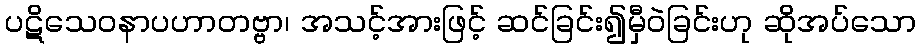
ပဋိသေဝနာပဟာတဗ္ဗာ၊ အသင့်အားဖြင့် ဆင်ခြင်း၍မှီဝဲခြင်းဟု ဆိုအပ်သော